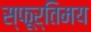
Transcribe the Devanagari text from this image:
स्फूर्तिमय